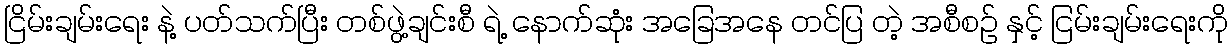
ငြိမ်းချမ်းရေး နဲ့ ပတ်သက်ပြီး တစ်ဖွဲ့ချင်းစီ ရဲ့ နောက်ဆုံး အခြေအနေ တင်ပြ တဲ့ အစီစဉ် နှင့် ငြမ်းချမ်းရေးကို